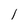
Character: 1